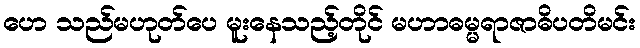
ဟေ သည်မဟုတ်ပေ မူးနေသည့်တိုင် မဟာဓမ္မရာဇာဓိပတိမင်း